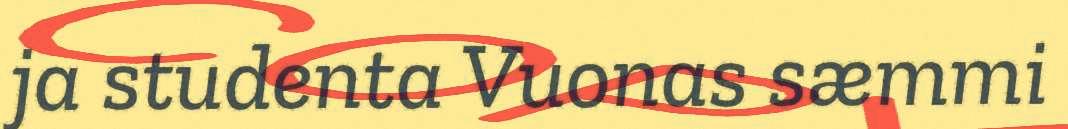
ja studenta Vuonas sæmmi